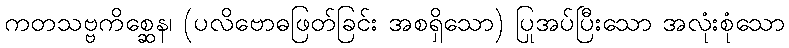
ကတသဗ္ဗကိစ္ဆေန၊ (ပလိဗောဓဖြတ်ခြင်း အစရှိသော) ပြုအပ်ပြီးသော အလုံးစုံသော